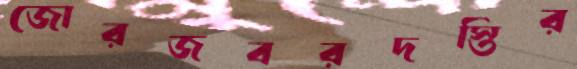
জোরজবরদস্তির